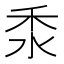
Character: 𥝸